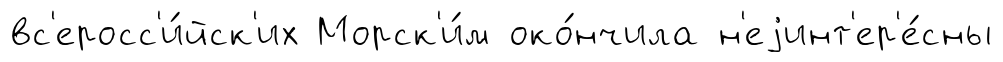
вс'еросс'и́йск'их Морск'и́м око́нчила н'еjинт'ер'е́сны